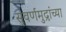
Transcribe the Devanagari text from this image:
सुवर्णमुद्रांच्या